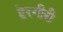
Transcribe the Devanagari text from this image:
हेरगीरी